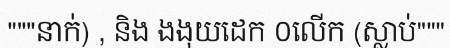
"""នាក់) , និង ងងុយដេក ០លើក (ស្លាប់"""